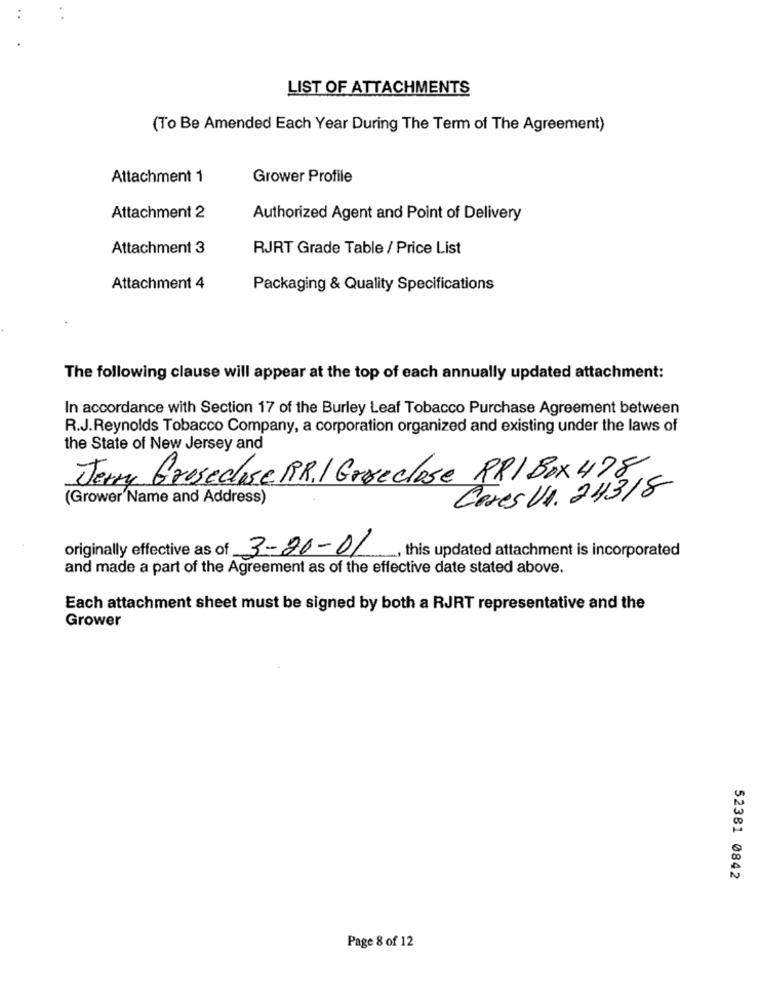
LIST OF ATTACHMENTS
(To Be Amended Each Year During The Term of The Agreement)
Attachment 1
Grower Profile
Attachment 2
Authorized Agent and Point of Delivery
Attachment 3
RJRT Grade Table / Price List
Attachment 4
Packaging & Quality Specifications
The following clause will appear at the top of each annually updated attachment:
In accordance with Section 17 of the Burley Leaf Tobacco Purchase Agreement between
R.J.Reynolds Tobacco Company, a corporation organized and existing under the laws of
the State of New Jersey and
Jerry Grosedose RR.1 Gereclose RRIBox 478
(Grower'Name and Address)
Ceres VA . 24318
originally effective as of 3-20-01
, this updated attachment is incorporated
and made a part of the Agreement as of the effective date stated above.
Each attachment sheet must be signed by both a RJRT representative and the
Grower
52381 0842
Page 8 of 12